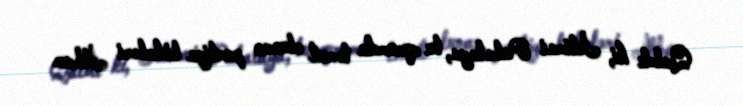
Qaldı ki, İctimai Palataya, bu qurumda təmsil olunan partiya liderləri İlham